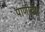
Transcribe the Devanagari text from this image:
पाणीद्वेष